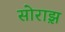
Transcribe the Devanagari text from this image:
सोराझ़